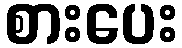
စားပေး